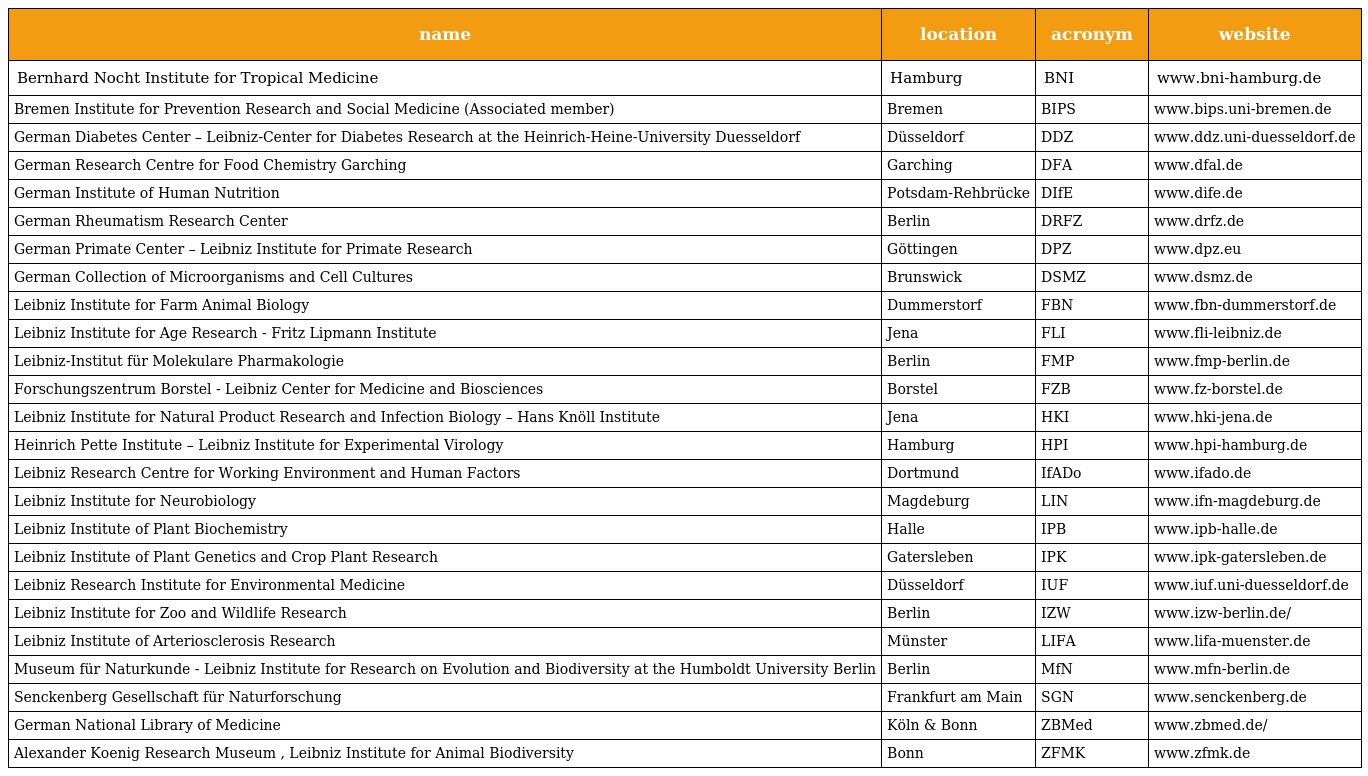
| name | location | acronym | website |
 | --- | --- | --- | --- |
 | Bernhard Nocht Institute for Tropical Medicine | Hamburg | BNI | www.bni-hamburg.de |
 | Bremen Institute for Prevention Research and Social Medicine (Associated member) | Bremen | BIPS | www.bips.uni-bremen.de |
 | German Diabetes Center – Leibniz-Center for Diabetes Research at the Heinrich-Heine-University Duesseldorf | Düsseldorf | DDZ | www.ddz.uni-duesseldorf.de |
 | German Research Centre for Food Chemistry Garching | Garching | DFA | www.dfal.de |
 | German Institute of Human Nutrition | Potsdam-Rehbrücke | DIfE | www.dife.de |
 | German Rheumatism Research Center | Berlin | DRFZ | www.drfz.de |
 | German Primate Center – Leibniz Institute for Primate Research | Göttingen | DPZ | www.dpz.eu |
 | German Collection of Microorganisms and Cell Cultures | Brunswick | DSMZ | www.dsmz.de |
 | Leibniz Institute for Farm Animal Biology | Dummerstorf | FBN | www.fbn-dummerstorf.de |
 | Leibniz Institute for Age Research - Fritz Lipmann Institute | Jena | FLI | www.fli-leibniz.de |
 | Leibniz-Institut für Molekulare Pharmakologie | Berlin | FMP | www.fmp-berlin.de |
 | Forschungszentrum Borstel - Leibniz Center for Medicine and Biosciences | Borstel | FZB | www.fz-borstel.de |
 | Leibniz Institute for Natural Product Research and Infection Biology – Hans Knöll Institute | Jena | HKI | www.hki-jena.de |
 | Heinrich Pette Institute – Leibniz Institute for Experimental Virology | Hamburg | HPI | www.hpi-hamburg.de |
 | Leibniz Research Centre for Working Environment and Human Factors | Dortmund | IfADo | www.ifado.de |
 | Leibniz Institute for Neurobiology | Magdeburg | LIN | www.ifn-magdeburg.de |
 | Leibniz Institute of Plant Biochemistry | Halle | IPB | www.ipb-halle.de |
 | Leibniz Institute of Plant Genetics and Crop Plant Research | Gatersleben | IPK | www.ipk-gatersleben.de |
 | Leibniz Research Institute for Environmental Medicine | Düsseldorf | IUF | www.iuf.uni-duesseldorf.de |
 | Leibniz Institute for Zoo and Wildlife Research | Berlin | IZW | www.izw-berlin.de/ |
 | Leibniz Institute of Arteriosclerosis Research | Münster | LIFA | www.lifa-muenster.de |
 | Museum für Naturkunde - Leibniz Institute for Research on Evolution and Biodiversity at the Humboldt University Berlin | Berlin | MfN | www.mfn-berlin.de |
 | Senckenberg Gesellschaft für Naturforschung | Frankfurt am Main | SGN | www.senckenberg.de |
 | German National Library of Medicine | Köln & Bonn | ZBMed | www.zbmed.de/ |
 | Alexander Koenig Research Museum , Leibniz Institute for Animal Biodiversity | Bonn | ZFMK | www.zfmk.de |